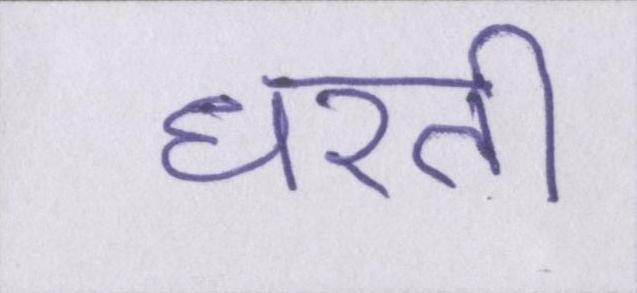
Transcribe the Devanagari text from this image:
धरती